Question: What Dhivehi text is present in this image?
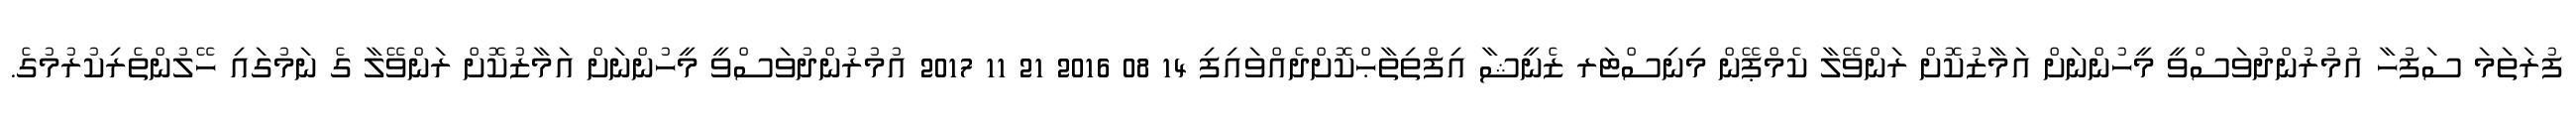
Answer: ފުރަތަމަ ސަފުހާ އުމުރުންދުވަސްވީ މީހުންނަށް އަމާޒުކޮށް ރަންވޭލާ ކެމްޕޭން މިނިސްޓަރ ޒެނީޝާ އިފްތިތާޙްކޮށްދެއްވައިފި 14 08 2016 21 11 2017 އުމުރުންދުވަސްވީ މީހުންނަށް އަމާޒުކޮށް ރަންވޭލާ ގެ ނަމުގައި ހޭލުންތެރިކުރުމުގެ.